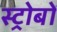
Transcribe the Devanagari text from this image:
स्ट्रोबों